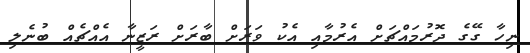
ނިހާ ގޭގެ ދޮރުމައްޗަށް އެރުމާއި އެކު ވަރަށް ބާރަށް ރަޒީނާ އެއްޗެއް ބުނެލި